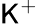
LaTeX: \mathsf{K}^{+}